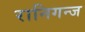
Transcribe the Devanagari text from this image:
रानिगन्ज